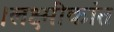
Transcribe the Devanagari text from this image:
।लक्ष्मीकांत